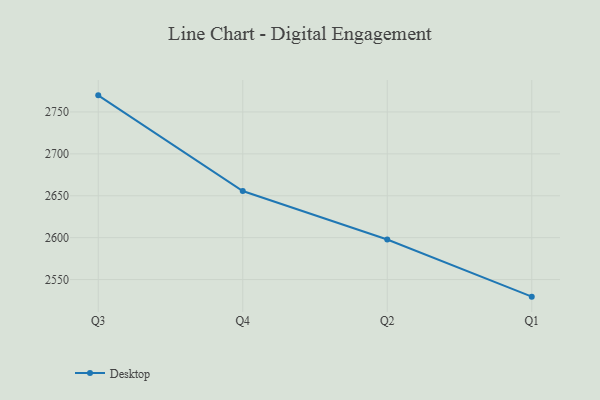
{"axis": {"x": "Quarter", "y": "Inventory Turnover"}, "legend": ["Desktop"], "data": [{"x": "Q3", "y": 2769.8, "type": "Desktop"}, {"x": "Q4", "y": 2655.6, "type": "Desktop"}, {"x": "Q2", "y": 2597.8, "type": "Desktop"}, {"x": "Q1", "y": 2529.6, "type": "Desktop"}]}